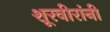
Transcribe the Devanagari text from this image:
शूरवीरांनी